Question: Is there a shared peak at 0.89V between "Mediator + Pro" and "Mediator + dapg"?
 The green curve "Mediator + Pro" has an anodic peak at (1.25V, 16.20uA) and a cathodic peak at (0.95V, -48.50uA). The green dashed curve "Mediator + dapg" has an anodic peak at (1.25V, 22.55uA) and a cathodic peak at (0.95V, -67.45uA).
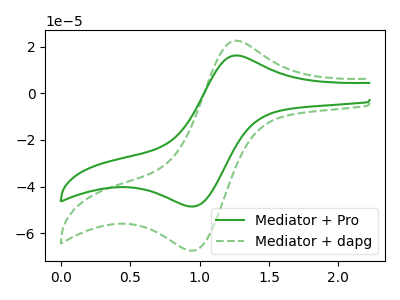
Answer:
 <answer>No, "Mediator + Pro" and "Mediator + dapg" dont share a peak at 0.89V.</answer>
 <eval>mismatch</eval>